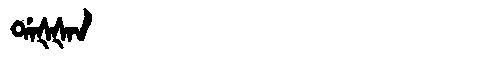
Manchu: ᡩᠠᡧᡧᠠᠨ
Romanization: DAŠŠAN